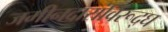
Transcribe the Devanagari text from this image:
जमीनदारांविरूद्घ